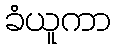
ခံယူကာ